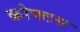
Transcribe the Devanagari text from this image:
क्रोफ्टस